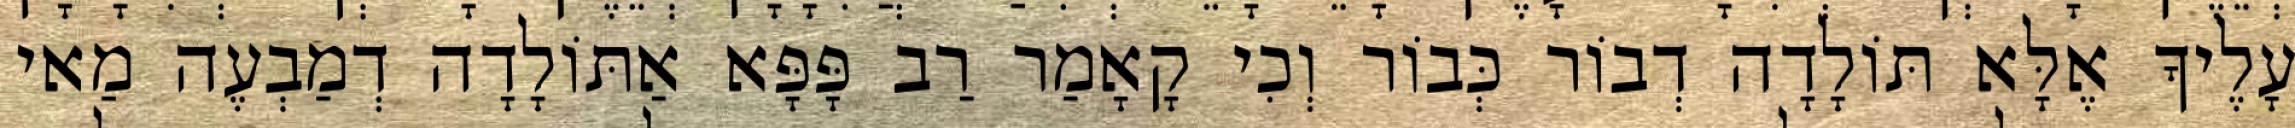
עָלֶיךָ אֶלָּא תּוֹלָדָה דְבוֹר כְּבוֹר וְכִי קָאָמַר רַב פָּפָּא אַתּוֹלָדָה דְמַבְעֶה מַאי